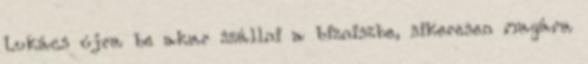
Lukács újra be akar szállni a bizniszbe, sikeresen magára